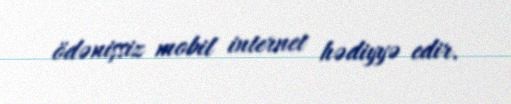
ödənişsiz mobil internet hədiyyə edir.